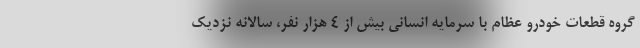
گروه قطعات خودرو عظام با سرمایه انسانی بیش از ٤ هزار نفر، سالانه نزدیک